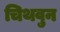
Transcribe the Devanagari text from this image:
चिथवुन